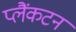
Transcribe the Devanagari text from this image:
प्लैंकटन